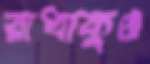
রাধাকুণ্ড